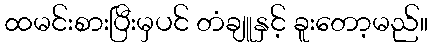
ထမင်းစားပြီးမှပင် တံချူနှင့် ခူးတော့မည်။